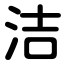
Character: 洁